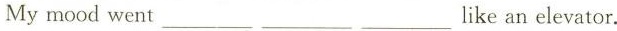
My mood went ___ ___ ___ like an elevator.